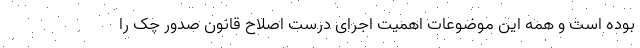
بوده است و همه این موضوعات اهمیت اجرای درست اصلاح قانون صدور چک را